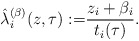
\begin{align*}\hat{\lambda}^{(\beta)}_i(z,\tau) :=& \frac{z_i + \beta_i}{t_i(\tau)}.\end{align*}